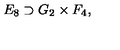
E _ { 8 } \supset G _ { 2 } \times F _ { 4 } ,